Scottish Leaving Certificate Examination, 1953
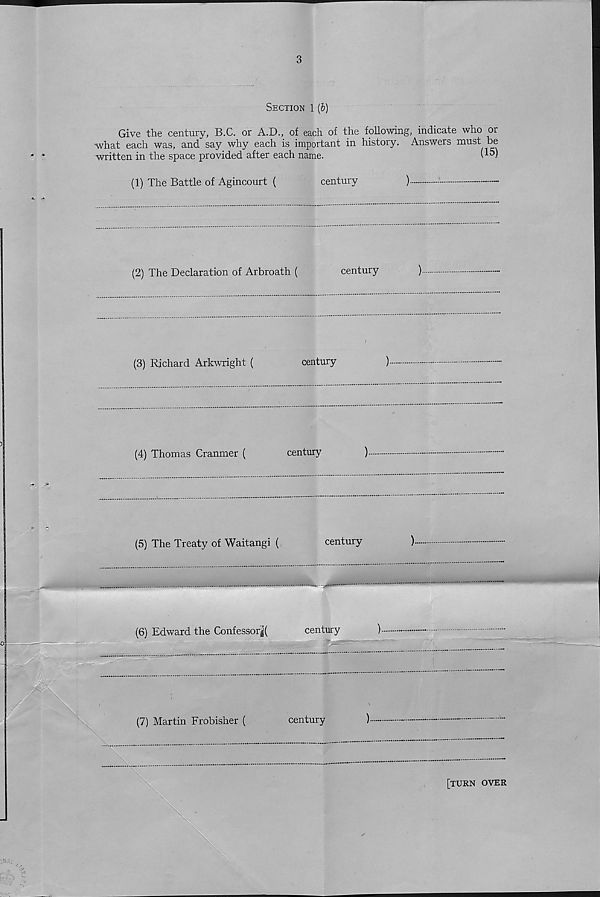
3
Section 1 (b)
Give the century, B.C. or A.D., of each of the following, indicate who or
what each was, and say why each is important in history. Answers must be
written in the space provided after each name.
(^)
(1) The Battle of Agincourt (
century
)
:
-
(2) The Declaration of Arbroath (
century
)
(3) Richard Arkwright (
century
)
3
(4) Thomas Cranmer (
century
)
[turn over